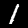
Digit: 1